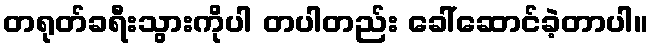
တရုတ်ခရီးသွားကိုပါ တပါတည်း ခေါ်ဆောင်ခဲ့တာပါ။